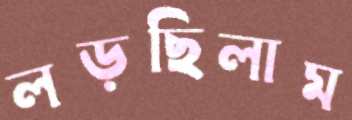
লড়ছিলাম